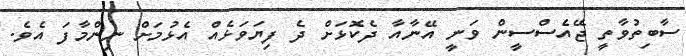
ސާބިތުވާތީ ޖޭއެސްސީން ވަނީ އޭނާއާ ދެކޮޅަށް ދެ ފިޔަވަޅެއް އެޅުމަށް ނިންމާފަ އެވެ.